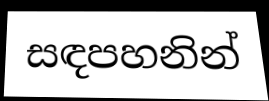
සඳපහනින්